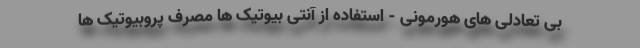
بی تعادلی های هورمونی - استفاده از آنتی بیوتیک ها مصرف پروبیوتیک ها